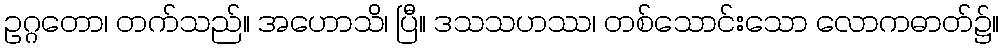
ဥဂ္ဂတော၊ တက်သည်။ အဟောသိ၊ ပြီ။ ဒသသဟဿ၊ တစ်သောင်းသော လောကဓာတ်၌။